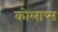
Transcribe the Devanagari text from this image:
कोलाप्स